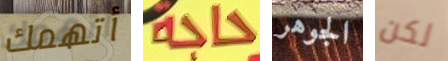
أتهمك حاجة الجوهر لكن